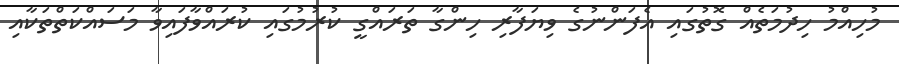
މުހިއްމު ހިދުމަތެއް ގޮތުގައި އެފަންނުގެ ވިޔަފާރި ހިންގާ ތަރައްގީ ކުރުމުގައި ކުރައްވާފައިވާ މަސައްކަތްތަކާއި